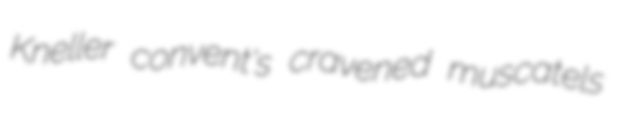
Kneller convent's cravened muscatels